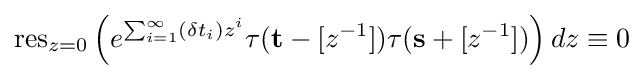
\mathrm {res} _{z=0}\left(e^{\sum _{i=1}^{\infty }(\delta t_{i})z^{i}}\tau ({\bf {t}}-[z^{-1}])\tau ({\bf {s}}+[z^{-1}])\right)dz\equiv 0